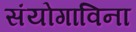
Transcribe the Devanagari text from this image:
संयोगाविना